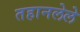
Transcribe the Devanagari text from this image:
तहानलेले